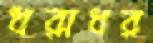
ধরাধর